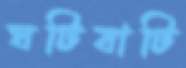
ঘটিবাটি